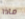
ماذا